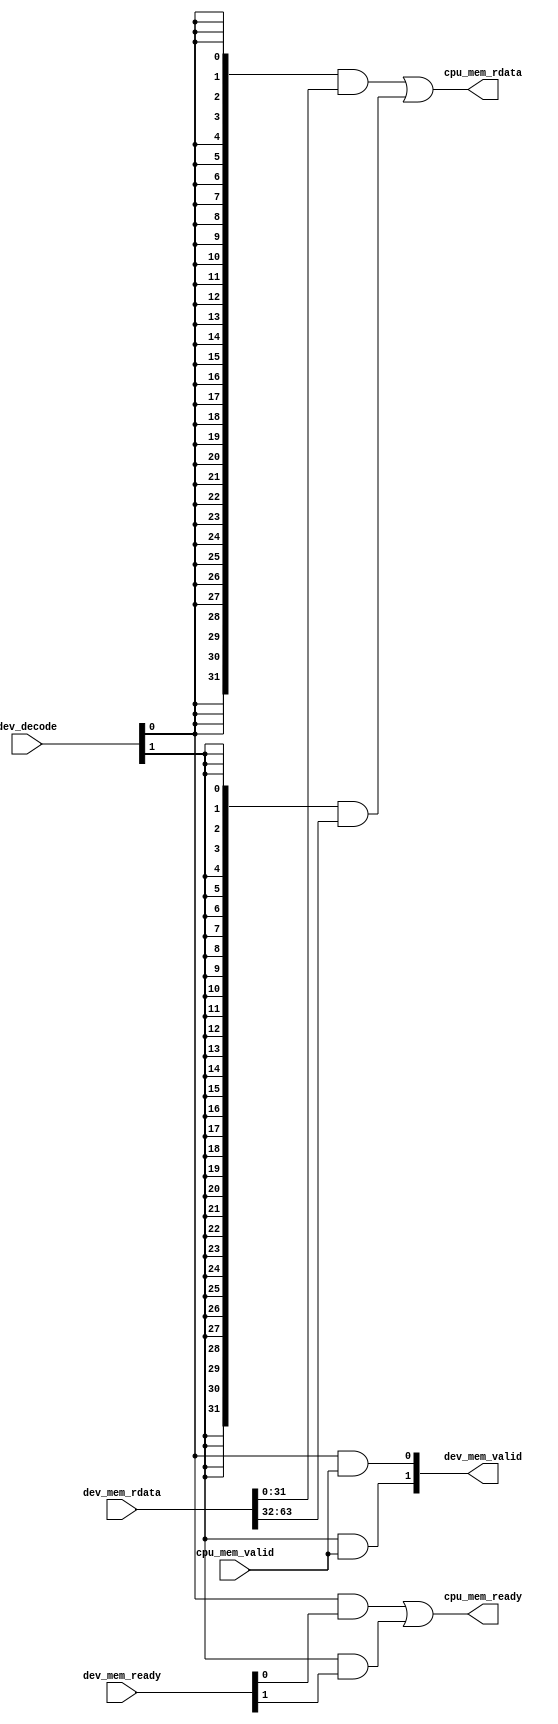
// Generic address decoder.
//
// Multiplexes N devices on the simple picoriscv32 bus, based on
// individual decode signals.
module addr_decoder #(parameter N=2)
   ( input wire		   cpu_mem_valid,
     output wire 	   cpu_mem_ready,
     output wire [31:0]    cpu_mem_rdata,

     input wire [N-1:0]    dev_decode,

     output wire [N-1:0]   dev_mem_valid,
     input wire [N-1:0]    dev_mem_ready,
     input wire [N*32-1:0] dev_mem_rdata );

   genvar i;
   wire   tmp_mem_ready[0:N-1];
   wire [31:0] tmp_mem_rdata[0:N-1];

   generate
      for (i = 0; i < N; i = i + 1) begin
	 assign dev_mem_valid[i] = dev_decode[i] & cpu_mem_valid;
      end
   endgenerate

   generate
      assign tmp_mem_ready[0] = dev_decode[0] & dev_mem_ready[0];
      assign tmp_mem_rdata[0] = { 32 {dev_decode[0]} } & dev_mem_rdata[31:0];

      for (i = 1; i < N; i = i + 1) begin
	 assign tmp_mem_ready[i] = tmp_mem_ready[i-1] |
	       (dev_decode[i] & dev_mem_ready[i]);
	 assign tmp_mem_rdata[i] = tmp_mem_rdata[i-1] |
	       ( { 32 {dev_decode[i]} } & dev_mem_rdata[i*32+31 : i*32]);
      end

      assign cpu_mem_ready = tmp_mem_ready[N-1];
      assign cpu_mem_rdata = tmp_mem_rdata[N-1];
   endgenerate

endmodule // addr_decoder